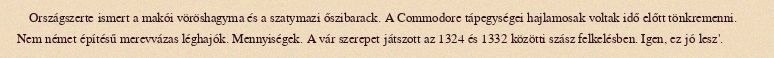
Országszerte ismert a makói vöröshagyma és a szatymazi őszibarack. A Commodore tápegységei hajlamosak voltak idő előtt tönkremenni. Nem német építésű merevvázas léghajók. Mennyiségek. A vár szerepet játszott az 1324 és 1332 közötti szász felkelésben. Igen, ez jó lesz'.